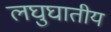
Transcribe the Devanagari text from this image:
लघुघातीय